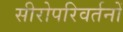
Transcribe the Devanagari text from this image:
सीरोपरिवर्तनों